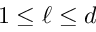
1 \leq \ell \leq d